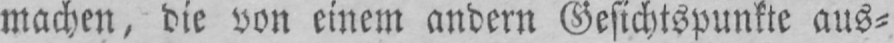
machen, die von einem andern Gesichtspunkte aus⸗